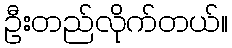
ဦးတည်လိုက်တယ်။